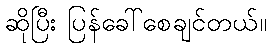
ဆိုပြီး ပြန်ခေါ်စေချင်တယ်။